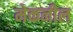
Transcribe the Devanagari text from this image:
मेकनील